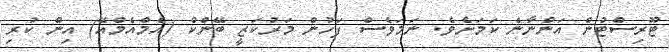
ޓޫރިސްޓުން އަންނާނެ ކަމަށެވެ. ނަމަވެސް ފަހުން މަރުކަޒީ ބޭންކް (އެމްއެމްއޭ) އިން ކުރި